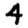
Digit: 4